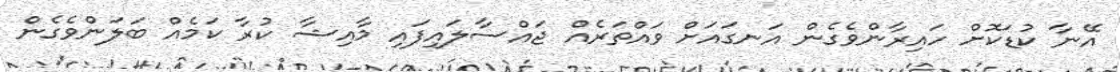
އޭނާ ކުޑަކޮށް ހައިރާންވެގެން އަނގައަށް ވައްތަރެއް ޖައްސާލައިފައި މާއިޝާ ކުރާ ކަމެއް ބަލަންވެގެން